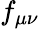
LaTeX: f_{\mu\nu}